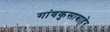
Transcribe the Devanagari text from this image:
गांवकुसाबाहेर